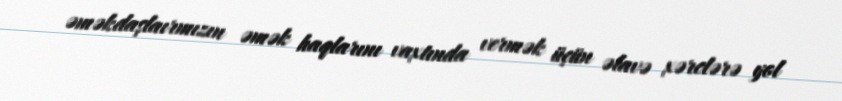
əməkdaşlaırmızın əmək haqlarını vaxtında vermək üçün əlavə xərclərə yol